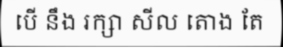
បើ នឹង រក្សា សីល តោង តែ